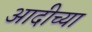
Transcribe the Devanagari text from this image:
आदीच्या